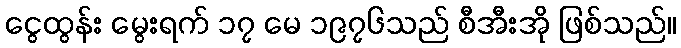
ငွေထွန်း မွေးရက် ၁၇ မေ ၁၉၇၆သည် စီအီးအို ဖြစ်သည်။